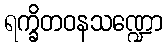
ရက္ခိတဝနသဏ္ဍော